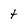
Character: t